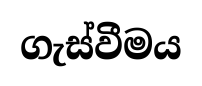
ගැස්වීමය